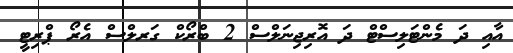
އާއި ދަ މެންޓަލިސްޓް ދަ އޮރިޖިނަލްސް 2 ބްރޯކް ގަރލްސް އެރޯ ޕްރިޓީ